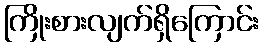
ကြိုးစားလျက်ရှိကြောင်း